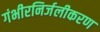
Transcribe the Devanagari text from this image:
गंभीरनिर्जलीकरण